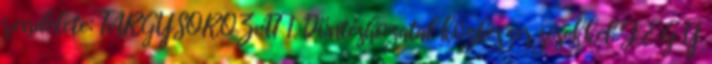
rendelete: TÁRGYSOROZAT 1. Döntéshozatal közbeszerzésekkel J E G Y